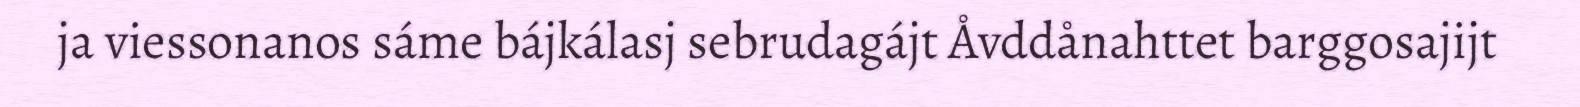
ja viessonanos sáme bájkálasj sebrudagájt Åvddånahttet barggosajijt